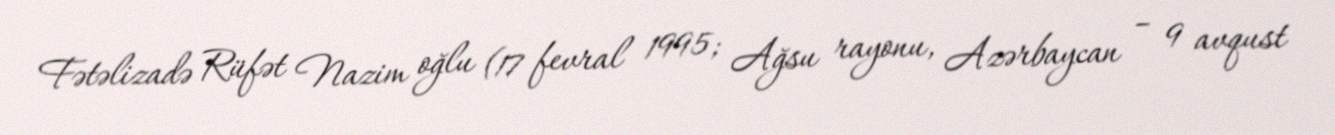
Fətəlizadə Rüfət Nazim oğlu (17 fevral 1995; Ağsu rayonu, Azərbaycan – 9 avqust